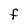
Character: F